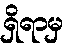
ရှိရာမှ